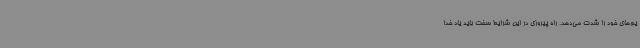
یم‌های خود را شدت می‌دهد. راه پیروزی در این شرایط سخت باید یاد خدا